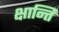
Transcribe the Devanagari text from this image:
क्षान्ति